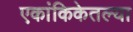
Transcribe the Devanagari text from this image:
एकांकिकेतल्या